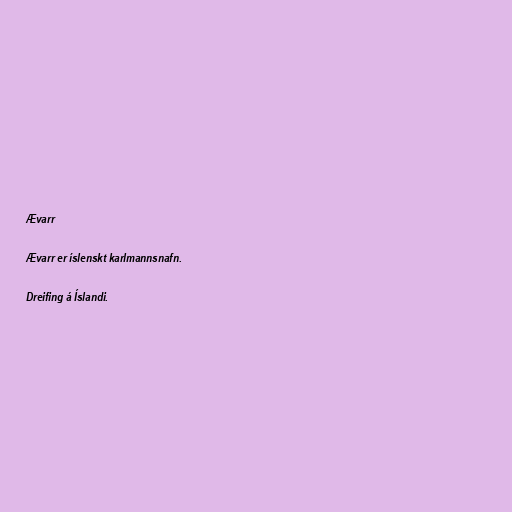
Ævarr

Ævarr er íslenskt karlmannsnafn.

Dreifing á Íslandi.